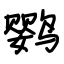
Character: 鹦